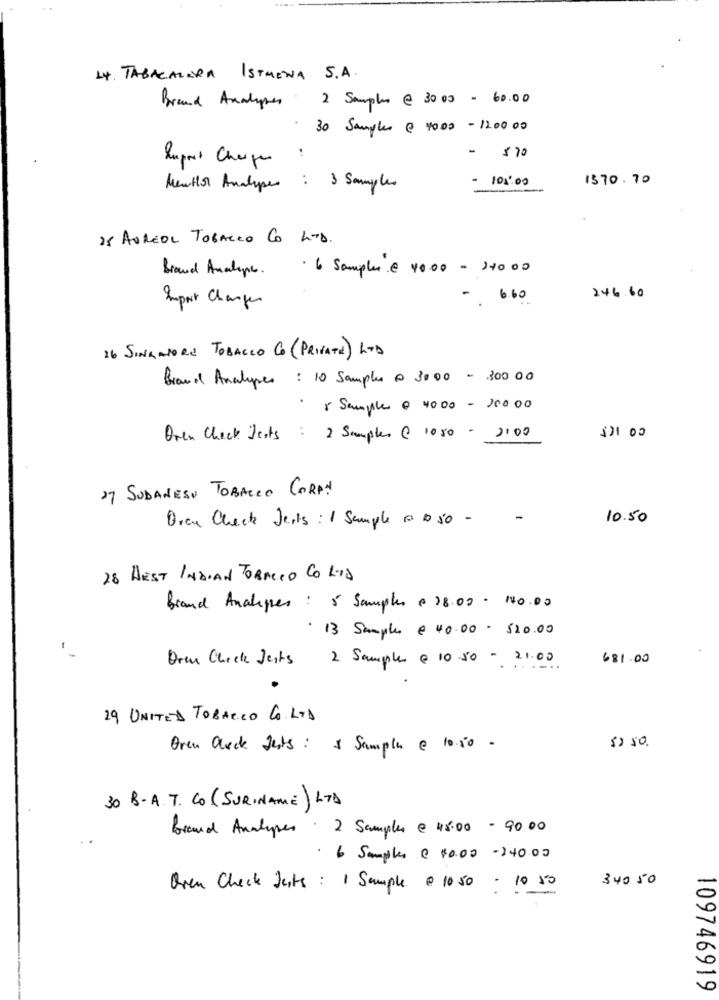
14. TABACALERA ISTMENA S.A.
Brand Analyses 2 Samples @ 3000 - 60.00
.30 Samples @ 40.00 -1200 00
Import Charge
- $70
- 101:00
1570.70
Mentor Analyses : 3 Samples
25 AUREOL TOBACCO CO LTD.
brand Analine. . 6 Samples.@ 40.00 - 24000
246.60
-. 6.60
Super Charger
26 SINGAPORE TOBACCO CO (PRIVATE) LTD
Brand Analyses : 10 Samples @ 3000 - 300 00
·& Sample @ 4000- 20000
$21 00
Oren Check Jests : 2 Samples @ 1050 - 2100
27 SUDANESE TOBACCO CORAN
Dren Check Jests : 1 Sample a 1 50 -
10.50
28 WEST INDIAN TOBACCO CO LTD
Brand Analogies : 5 Samples @ 28.02 . 10.00
. 13 Samples @ 40.00 . 520.00
Dren Check Jests
2 Sample @ 10 50 - 21.00
681.00
29 UNITED TOBACCO CO LTD
Over Clocke Jests: & Sample @ 10.50 -
" so.
30 B.A.T. Co (SURINAME) LTD
Brand Analyses : 2 Samples @ 45.00 - 9000
· 6 Samples @ $0.00 -240.00
340 50
Oven Check Justs : 1 Sample @ 1050 - 10 50
109746919